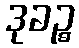
ဒုခဉ္စ